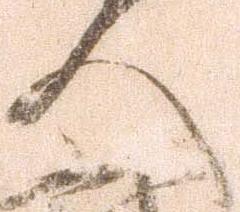
人